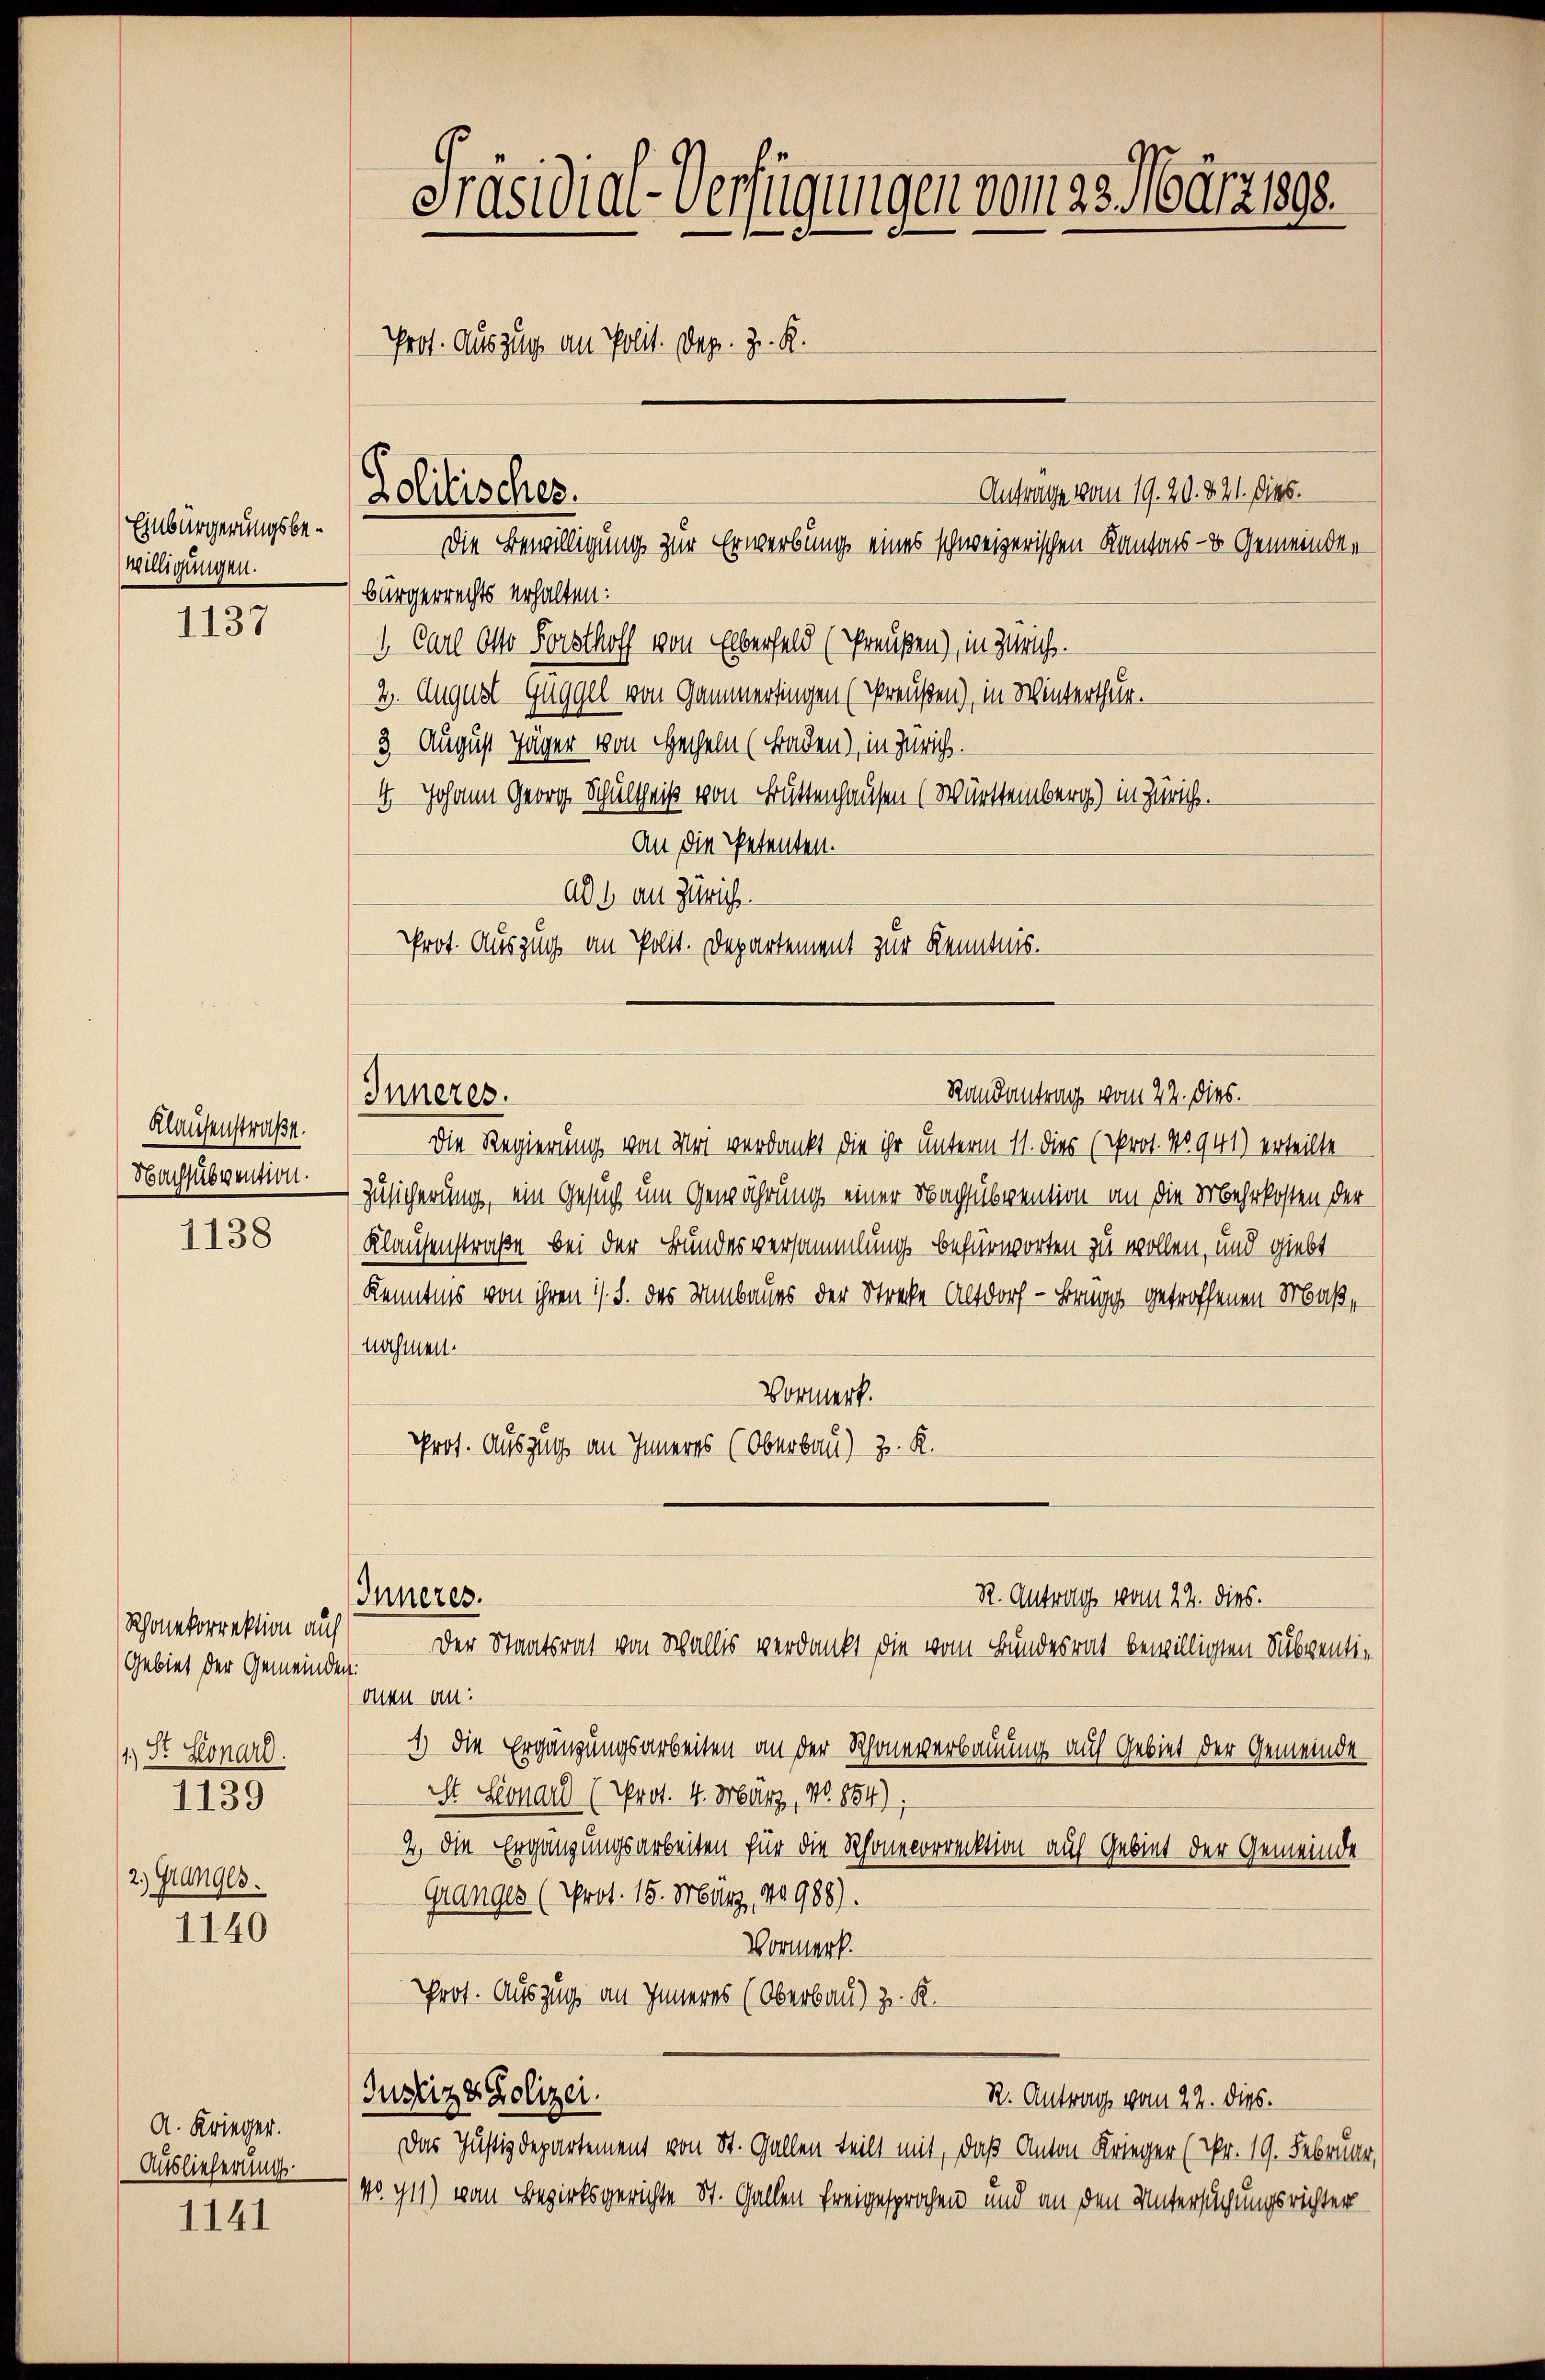
Einbürgerungsbewilligungen.

1137

Klausenstraße.
Nachsubvention.

1138

Rhonenkorrektion auf
Gebiet der Gemeinden:
1.) St. Konard.
1139
2) Granges.

1140

A. Krieger.
Auslieferung

1141

Präsidial-Verfügungen vom 23. März 1808.
Prof. Auszug an Polit. Dez. Z. B.

Politisches.
Die Bewilligung zur Erwerbung eines schweizerischen Kantons- & Gemeinden

bürgerrechts erhalten:
1. Carl Otto Forsthoff von Eberfeld (Preußen), in Zweife.
2. August Guggel von Gammerdingen (Preußen), in Winterthur.
3 August Jäger von Hecheln (Baden), in Zürich.
4. Johann Georg Schultheiß von Brüttenhausen (Württemberg) in Züricht.
An die Petenten.
ad 1. an Zürich
Prot. Auszug an Polit. Departement zur Kenntnis.

Die Regierung von Uri verdankt die ihr unterm 11. dies (Prot. No 941) erteilte
Zusicherung, ein Gesuch um Gewährung einer Nachsubvention an die Mehrkosten der
Klausenstraße bei der Bundesversammlung befürworten zu wollen, und giebt
Kenntnis von ihren 1/. §. des Umbaues der Strecke Altdorf - Brugg getroffenen Maßnahmen.
Vormerk.
Prot. Auszug an Inneres (Oberbau) z. K.
R. Antrag vom 22. dies.
Inneres.
Der Staatsrat von Wallis verdankt die vom Bundesrat bewilligten Subventiduen an:
1) die Ergänzungsarbeiten an der Rhoneverbauung auf Gebiet der Gemeinde
St Sonar (Prot. 4. März, No. 1884).
4, die Ergänzungsarbeiten für die Schonecorrektion auf Gebiet der Gemeinde
Granger (Prot. 15. März, 18988).
Vormerk.
Prot. Auszug an Inneres (Oberbau) z. R.

Inneres.

Justiz & Polizei.

Anträge vom 19. 20. 821. Dieb.

Randantrag vom 22. dies.

R. Antrag vom 22. dies.

Das Justizdepartement von St. Gallen teilt mit, daß Anton Krieger (Nr. 19. Februar,
No. 911) vom Bezirksgerichte St. Gallen freigesprochen und an den Untersuchungsrichter